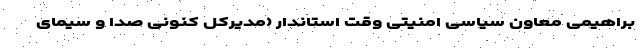
براهیمی معاون سیاسی امنیتی وقت استاندار (مدیرکل کنونی صدا و سیمای